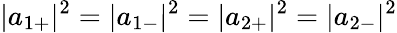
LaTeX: |{a}_{1+}|^{2}=|{a}_{1-}|^{2}=|{a}_{2+}|^{2}=|{a}_{2-}|^{2}